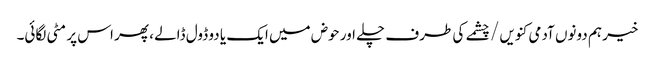
خیر ہم دونوں آدمی کنویں / چشمے کی طرف چلے اور حوض میں ایک یا دو ڈول ڈالے ، پھر اس پر مٹی لگائی۔